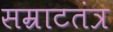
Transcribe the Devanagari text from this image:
सम्राटतंत्र